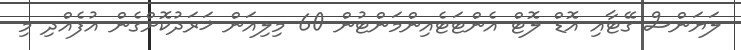
ލަޔަންސް ގޭޓާއި އޮޑް ލޮޓް އެންޓަޓެއިންމަންޓުން 60 މިލިއަން ޚަރަދުކޮށްގެން އުފެއްދި މި